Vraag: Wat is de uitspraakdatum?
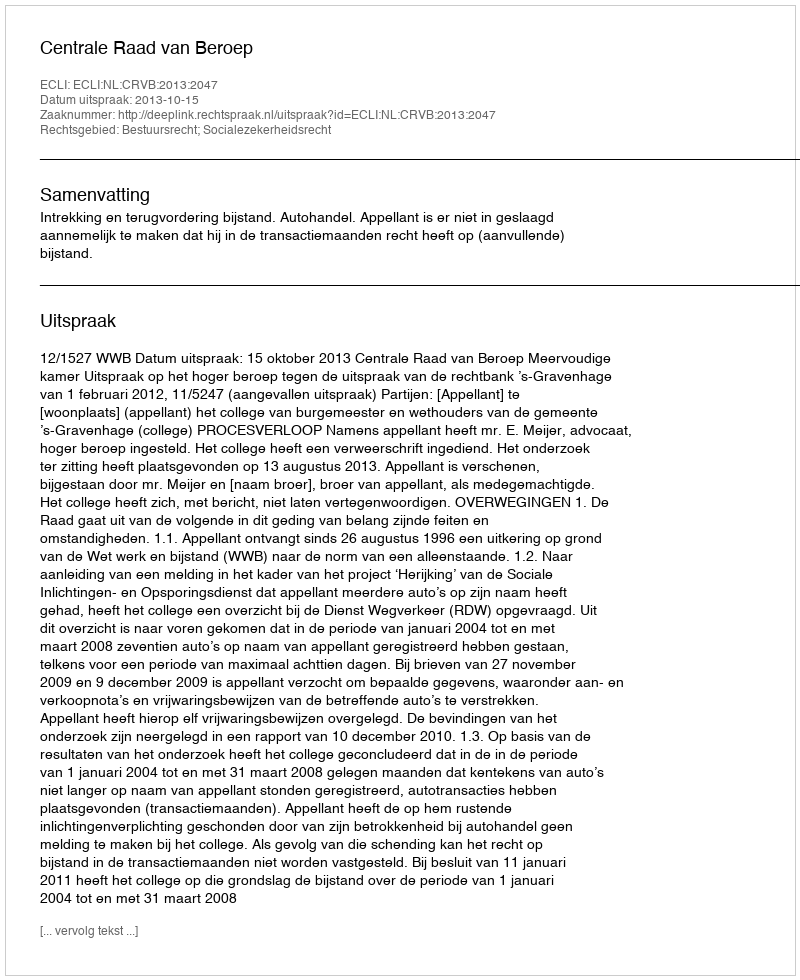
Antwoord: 2013-10-15